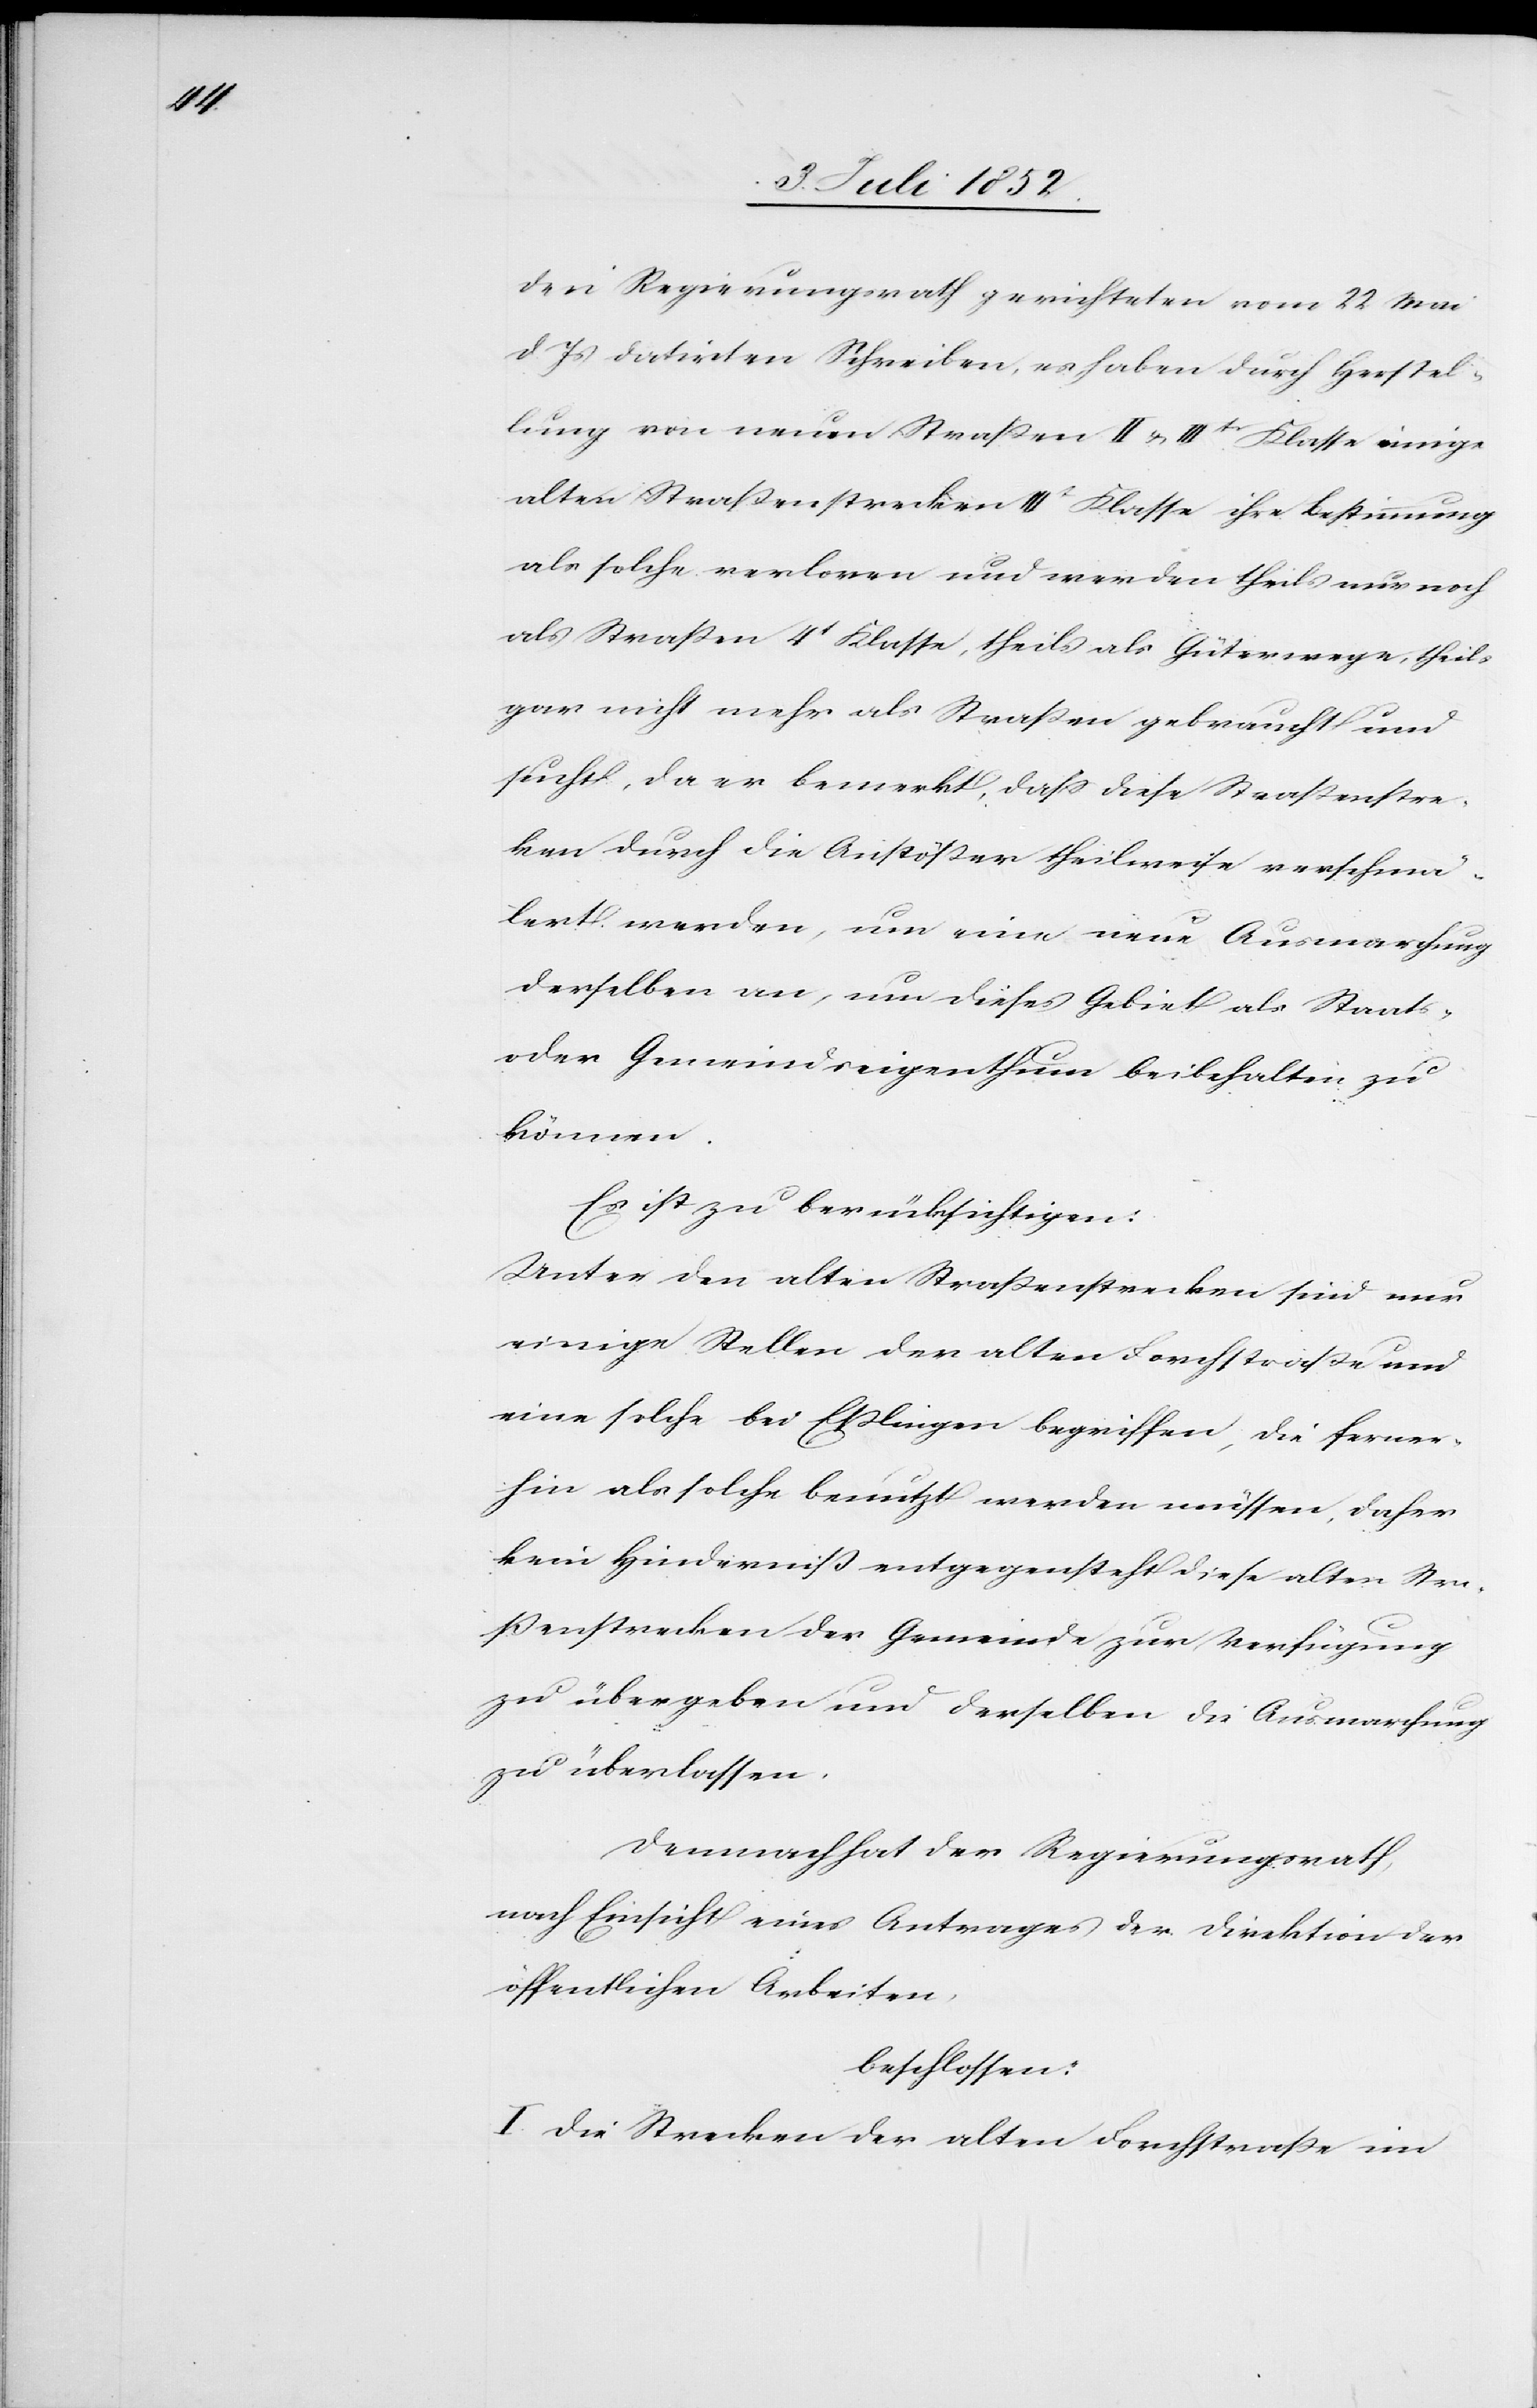
[sic!] Regierungsrath gerichteten vom 22 Mai
d. Js datirten Schreiben, es haben durch Herstel¬
lung von neuen Straßen II & IIItr. Klasse einige
alten Straßenstrecken IIIt Klasse ihre Bestimmung
als solche verloren und werden theils nur noch
als Straßen 4t Klasse, theils als Güterwege, theils
gar nicht mehr als Straßen gebraucht und
sucht, da er bemerkt, dass diese Straßenstre¬
cken durch die Anstößer theilweise verschmä¬
lert werden, nun eine neue Ausmarchung
derselben an, um dieses Gebiet als Staats-
oder Gemeindseigenthum beibehalten zu
können.
Es ist zu berücksichtigen:
Unter den alten Straßenstrecken sind nur
einige Stellen der alten Forchstraße und
eine solche bei Eßlingen begriffen, die ferner¬
hin als solche benutzt werden müssen, daher
kein Hinderniß entgegensteht diese alten Stra¬
ßenstrecken der Gemeinde zur Verfügung
zu übergeben und derselben die Ausmarchung
zu überlassen.
Demnach hat der Regierungsrath,
nach Einsicht eines Antrages der Direktion der
öffentlichen Arbeiten,
beschlossen:
I. Die Strecken der alten Forchstraße im